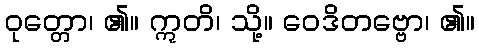
ဝုတ္တော၊ ၏။ ဣတိ၊ သို့။ ဝေဒိတဗ္ဗော၊ ၏။